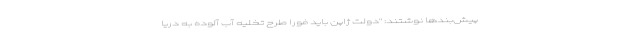
پیش‌بندها نوشتند: "دولت ژاپن باید فورا طرح تخلیه آب آلوده به دریا